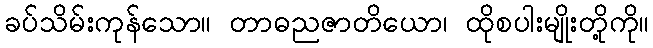
ခပ်သိမ်းကုန်သော။ တာဓညဇာတိယော၊ ထိုစပါးမျိုးတို့ကို။